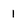
Character: 1